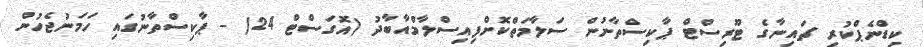
ކިޑްނެޕްކުރި ޗައިނާގެ ޓޫރިސްޓް ޕާކިސްތާނުން ސަލާމަތްކޮށްފިއިސްލާމްއާބާދު (އޮގަސްޓް 24) - ޕާކިސްތާނުގައި ހަމަނުޖެހުން